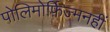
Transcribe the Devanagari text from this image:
पोलिमोर्फ़िज्मनहीं